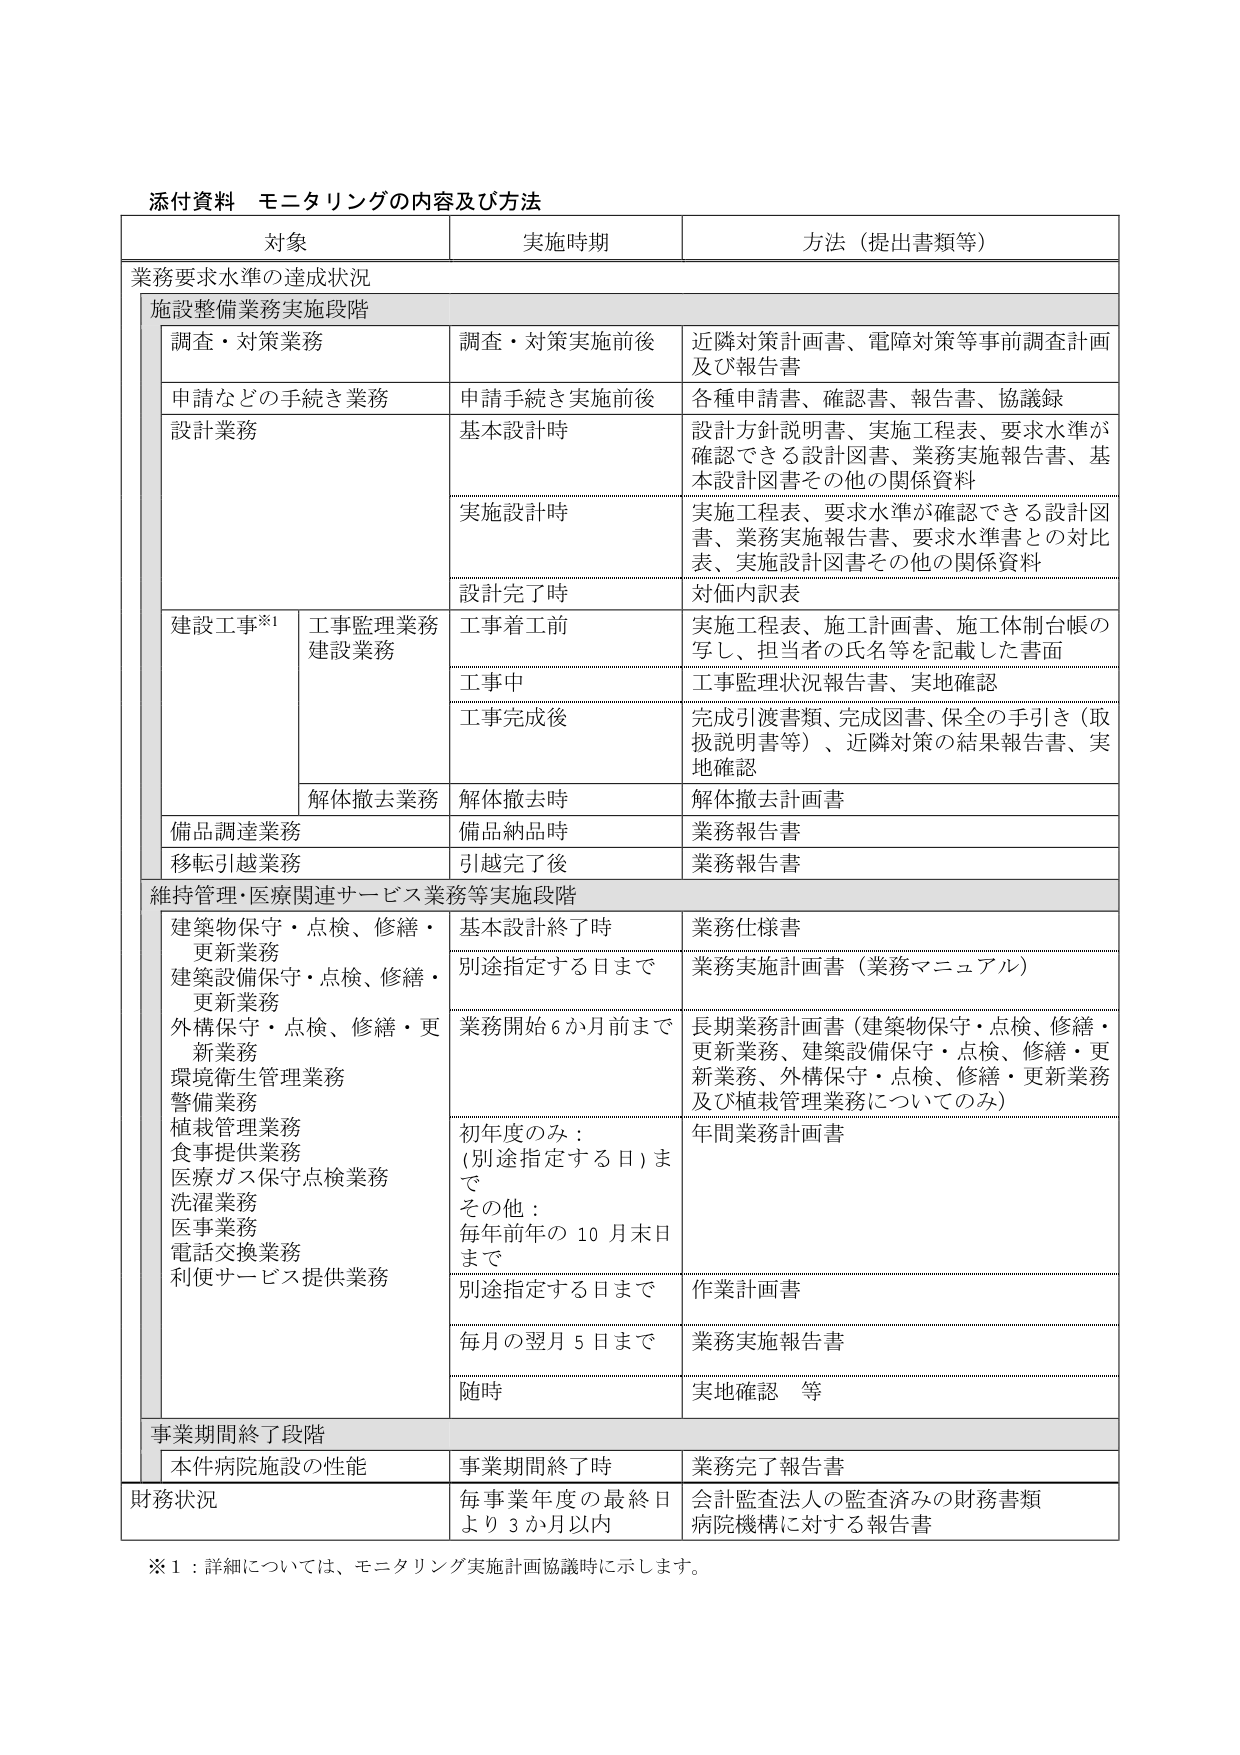
添付資料 モニタリングの内容及び方法

対象 実施時期 方法（提出書類等）

業務要求水準の達成状況

施設整備業務実施段階

調査・対策業務 調査・対策実施前後 近隣対策計画書、電障対策等事前調査計画及び報告書

申請などの手続き業務 申請手続き実施前後 各種申請書、確認書、報告書、協議録

設計業務 基本設計時 設計方針説明書、実施工程表、要求水準が確認できる設計図書、業務実施報告書、基本設計図書その他の関係資料

実施設計時 実施工程表、要求水準が確認できる設計図書、業務実施報告書、要求水準書との対比表、実施設計図書その他の関係資料

設計完了時 対価内訳表

建設工事※1 工事監理業務 工事着工前 実施工程表、施工計画書、施工体制台帳の写し、担当者の氏名等を記載した書面

建設業務 工事中 工事監理状況報告書、実地確認

工事完成後 完成引渡書類、完成図書、保全の手引き（取扱説明書等）、近隣対策の結果報告書、実地確認

解体撤去業務 解体撤去時 解体撤去計画書

備品調達業務 備品納品時 業務報告書

移転引越業務 引越完了後 業務報告書

維持管理・医療関連サービス業務等実施段階

建築物保守・点検、修繕・更新業務 基本設計終了時 業務仕様書

建築設備保守・点検、修繕・更新業務 別途指定する日まで 業務実施計画書（業務マニュアル）

外構保守・点検、修繕・更新業務 業務開始6か月前まで 長期業務計画書（建築物保守・点検、修繕・更新業務、建築設備保守・点検、修繕・更新業務、外構保守・点検、修繕・更新業務及び植栽管理業務についてのみ）

環境衛生管理業務

警備業務

植栽管理業務

食事提供業務

医療ガス保守点検業務

洗濯業務

医事業務

電話交換業務

利便サービス提供業務 初年度のみ：（別途指定する日）まで 年間業務計画書

その他：毎年前年の10月末日まで

別途指定する日まで 作業計画書

毎月の翌月5日まで 業務実施報告書

随時 実地確認 等

事業期間終了段階

本件病院施設の性能 事業期間終了時 業務完了報告書

財務状況 毎事業年度の最終日より3か月以内 会計監査法人の監査済みの財務書類 病院機構に対する報告書

※1：詳細については、モニタリング実施計画協議時に示します。